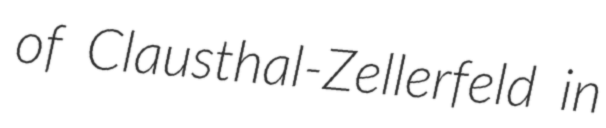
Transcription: of Clausthal-Zellerfeld in